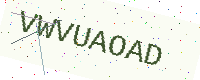
Text: VWVUAOAD